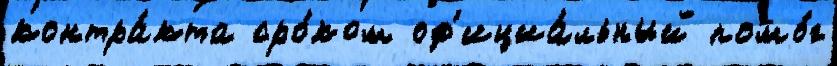
контра́кта сро́ком оф'ициа́льный помо́г